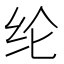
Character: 纶